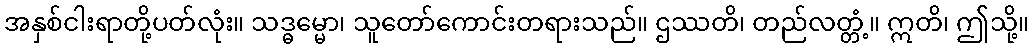
အနှစ်ငါးရာတို့ပတ်လုံး။ သဒ္ဓမ္မော၊ သူတော်ကောင်းတရားသည်။ ဌဿတိ၊ တည်လတ္တံ့။ ဣတိ၊ ဤသို့။